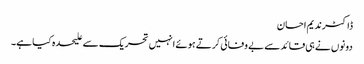
ڈاکٹرندیم احسان
دونوں نے ہی قائد سے بے وفائی کرتے ہوئے انہیں تحریک سے علیحدہ کیا ہے۔